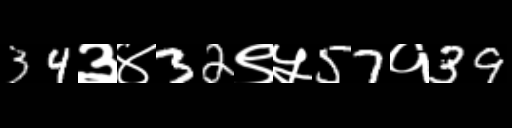
Text: 34३४32९५57१39